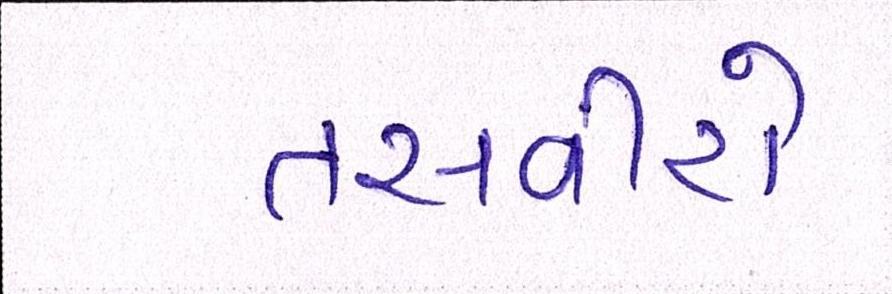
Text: તસવીરો